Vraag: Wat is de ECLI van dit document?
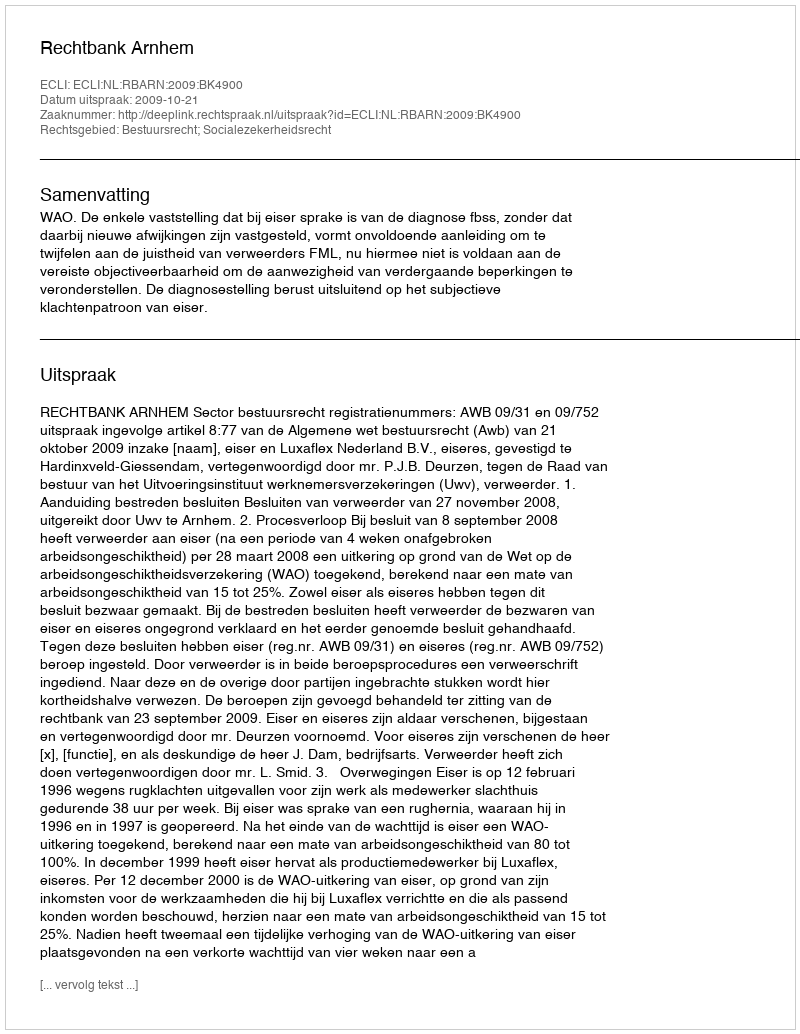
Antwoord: ECLI:NL:RBARN:2009:BK4900